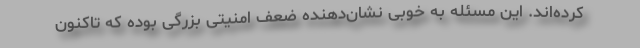
کرده‌اند. این مسئله به خوبی نشان‌دهنده ضعف امنیتی بزرگی بوده که تاکنون